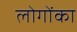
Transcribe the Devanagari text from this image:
लोगोंका